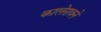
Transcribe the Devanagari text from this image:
कालेरावने